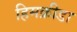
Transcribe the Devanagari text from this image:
हिमक्रीडा